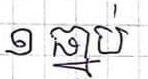
១ ធ្នាប